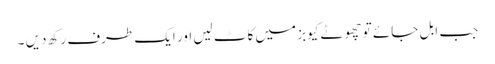
جب ابل جائے تو چھوٹے کیوبز میں کاٹ لیں اور ایک طرف رکھ دیں ۔